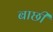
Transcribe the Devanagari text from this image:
बाछी